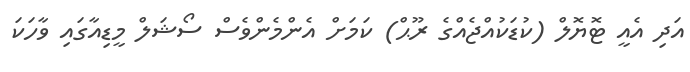
އަދި އެއީ ޓޮޔޮލް (ކުޑަކުއްޖެއްގެ ރޫޙް) ކަމަށް އެންމެންވެސް ސޯޝަލް މީޑިއާގައި ވާހަކަ